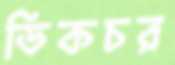
ডিকচর